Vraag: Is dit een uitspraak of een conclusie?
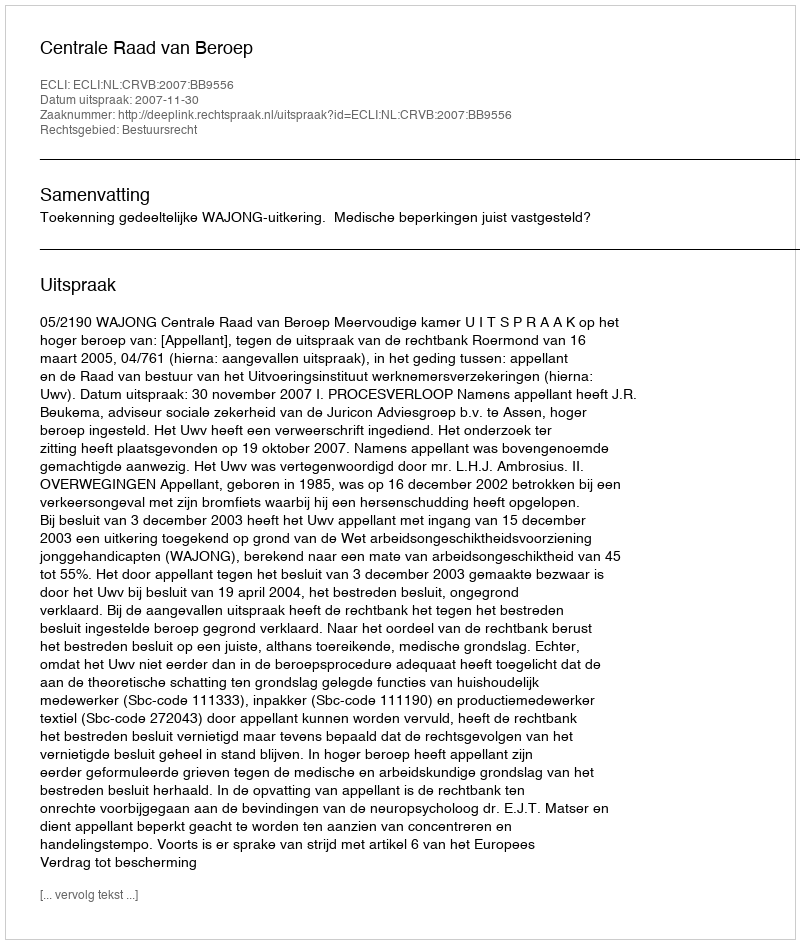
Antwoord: Uitspraak